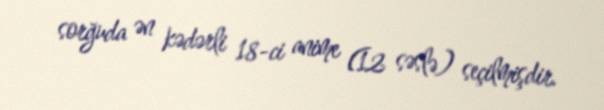
sorğuda ən kədərli 18-ci anime (12 səslə) seçilmişdir.